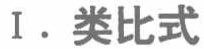
I. 类比式